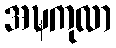
အဍ္ဎကုလာ